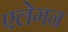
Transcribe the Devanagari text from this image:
एलेगन